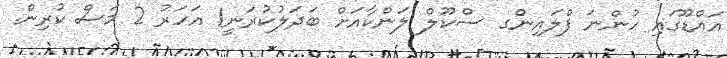
އައްޑޫގައި ހުންނަ ފްލައިންގ ސްކޫލް ލަންކާއަށް ބަދަލުކުރަނީ1 އަހަރު 2 މަސް ކުރިން.